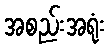
အစည်းအရုံး